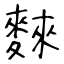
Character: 麳